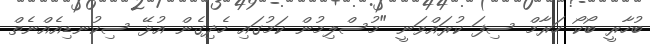
ބުހާރީ ބޯކޯ ހަރާމް ސިފަ ކުރައްވަނީ "މުސްލިމުން ކަމުގައި ހެދިގެން އުޅޭ ސިކުނޑިއެއްނެތް